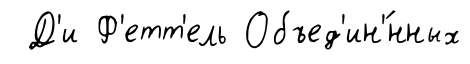
Д'и Ф'етт'ель Объед'ин'́нных